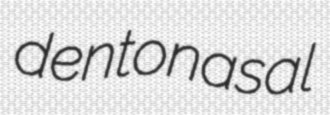
dentonasal